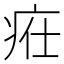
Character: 𤵴